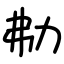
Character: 㔗